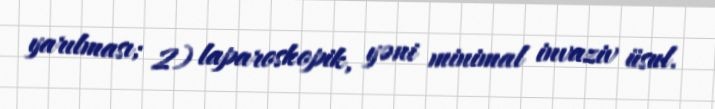
yarılması; 2) laparoskopik, yəni minimal invaziv üsul.